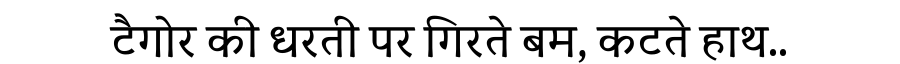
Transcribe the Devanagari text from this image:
टैगोर की धरती पर गिरते बम, कटते हाथ..